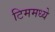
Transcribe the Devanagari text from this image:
टिममध्ये